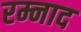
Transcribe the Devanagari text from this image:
रम्नाद